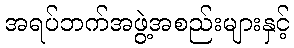
အရပ်ဘက်အဖွဲ့အစည်းများနှင့်